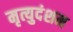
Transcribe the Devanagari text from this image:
मृत्युदंशम